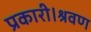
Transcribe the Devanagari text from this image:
प्रकारी।श्रवण